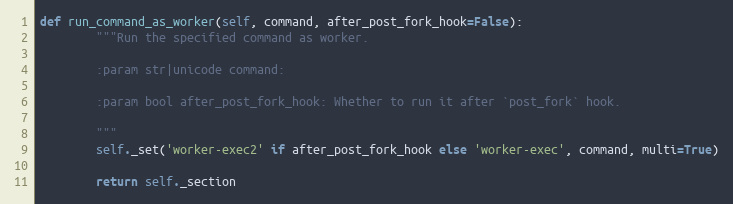
Language: Python
def run_command_as_worker(self, command, after_post_fork_hook=False):
        """Run the specified command as worker.

        :param str|unicode command:

        :param bool after_post_fork_hook: Whether to run it after `post_fork` hook.

        """
        self._set('worker-exec2' if after_post_fork_hook else 'worker-exec', command, multi=True)

        return self._section